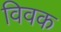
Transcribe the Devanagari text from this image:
विवक